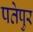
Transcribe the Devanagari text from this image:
पतेपुर